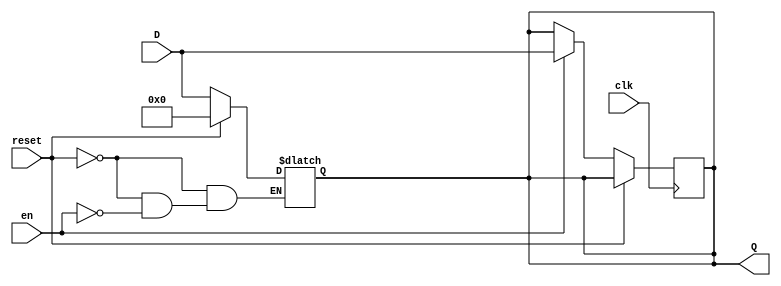
module BarrierRegister (
    input wire clk,         // Clock signal
    input wire reset,       // Asynchronous reset signal
    input wire en,         // Enable signal
    input wire [WIDTH-1:0] D, // Data input
    output reg [WIDTH-1:0] Q  // Data output
);
    parameter WIDTH = 8; // Define the width of the register

    // Asynchronous reset and synchronous data latch
    always @* begin
        if (reset) begin
            Q = {WIDTH{1'b0}}; // Reset the output to 0
        end else if (en) begin
            Q = D; // Latch the input data when enabled
        end
    end

    // Synchronous clocking
    always @(posedge clk) begin
        if (!reset) begin
            // Only update the register on clock edge if not in reset
            if (en) begin
                Q <= D; // Update the output Q with input D
            end
            // If enable is low, Q remains unchanged
        end
    end
endmodule